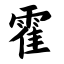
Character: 霍